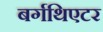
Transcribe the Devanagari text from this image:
बर्गथिएटर